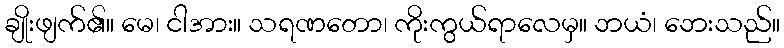
ချိုးဖျက်၏။ မေ၊ ငါအား။ သရဏတော၊ ကိုးကွယ်ရာလေမှ။ ဘယံ၊ ဘေးသည်။